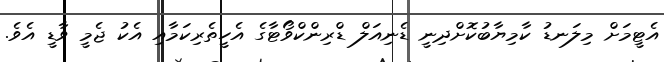
އެޓީމަށް މިލަނޑު ކާމިޔާބުކޮށްދިނީ ޑެނިއަލް ޑްރިންކްވޯޓާގެ އެހީތެރިކަމާއި އެކު ޖެމީ ވާޑީ އެވެ.